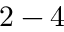
2 - 4